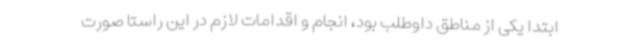
ابتدا یکی از مناطق داوطلب بود، انجام و اقدامات لازم در این راستا صورت